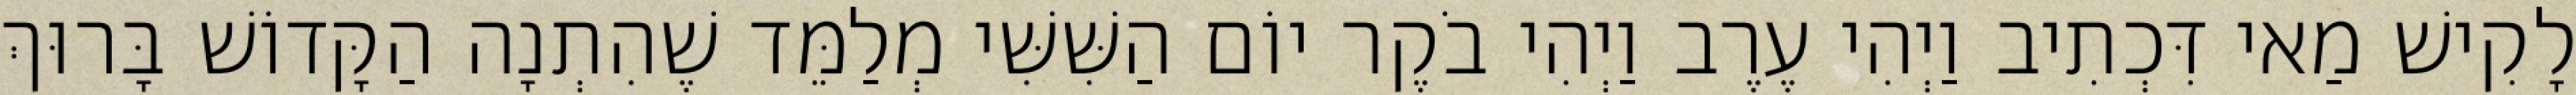
לָקִישׁ מַאי דִּכְתִיב וַיְהִי עֶרֶב וַיְהִי בֹקֶר יוֹם הַשִּׁשִּׁי מְלַמֵּד שֶׁהִתְנָה הַקָּדוֹשׁ בָּרוּךְ